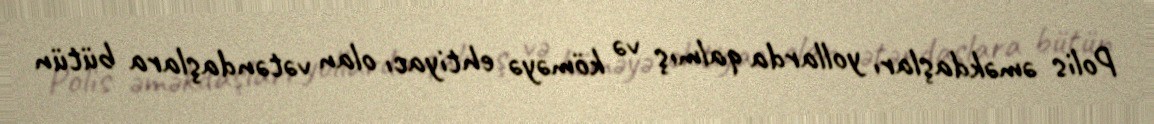
Polis əməkdaşları yollarda qalmış və köməyə ehtiyacı olan vətəndaşlara bütün